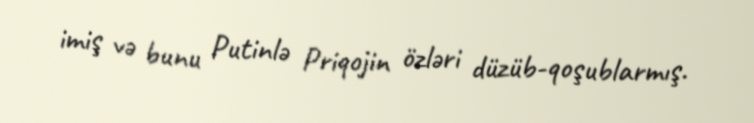
imiş və bunu Putinlə Priqojin özləri düzüb-qoşublarmış.